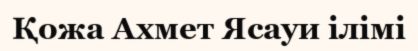
Қожа Ахмет Ясауи ілімі